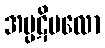
အပ္ပဋိဗလော